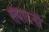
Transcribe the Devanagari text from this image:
संपादनों